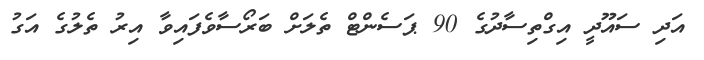
އަދި ސައޫދީ އިގްތިސާދުގެ 90 ޕަސެންޓް ތެލަށް ބަރޯސާވެފައިވާ އިރު ތެލުގެ އަގު